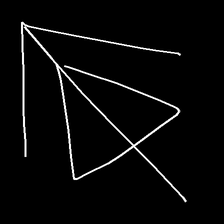
Glyph: pull